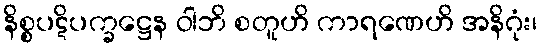
နိစ္စပဋိပက္ခဋ္ဌေန ဝါဘိ စတူဟိ ကာရဏေဟိ အနိဂုံး၊